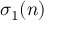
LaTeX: \sigma _ { 1 } ( n )